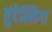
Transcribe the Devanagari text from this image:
बुंदेस्लिगा